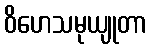
ဝိဟေသမုယျုတာ